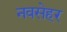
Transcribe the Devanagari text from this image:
नवसेहर